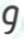
و